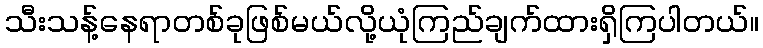
သီးသန့်နေရာတစ်ခုဖြစ်မယ်လို့ယုံကြည်ချက်ထားရှိကြပါတယ်။